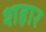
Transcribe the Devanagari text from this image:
शहार